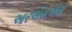
આરએસએસ